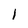
Character: l